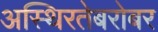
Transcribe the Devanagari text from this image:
अस्थिरतेबरोबर